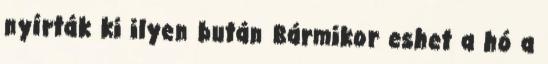
nyírták ki ilyen bután Bármikor eshet a hó a